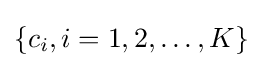
\{c_{i},i=1,2,\ldots ,K\}